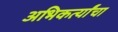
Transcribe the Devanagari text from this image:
अभिकर्त्यांचा